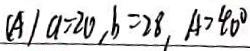
( A ) a = 2 0 , b = 2 8 , A > 4 0 ^ { \circ }